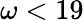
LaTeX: \omega<19